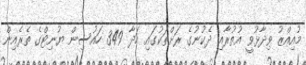
މުއިއްޒު ވިދާޅުވީ އުތުރާއި ދެކުނުގެ ރަށްތަކުގައި ހަދާ 349 ހައުސިން ޔުނިޓްގެ ތެރެއިން